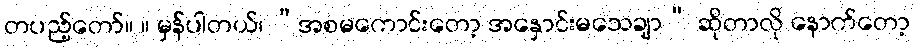
တပည့်တော်။ ။ မှန်ပါတယ်၊ “အစမကောင်းတော့ အနှောင်းမသေချာ” ဆိုတာလို နောက်တော့